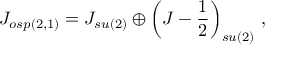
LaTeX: J _ { o s p ( 2 , 1 ) } = J _ { s u ( 2 ) } \oplus \left( J - \frac { 1 } { 2 } \right) _ { s u ( 2 ) } \, ,